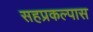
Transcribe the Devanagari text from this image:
सहप्रकल्पास